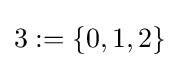
3:=\{0,1,2\}